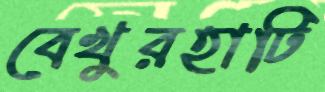
বেখুরহাটি